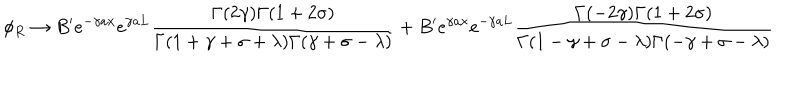
LaTeX: \phi _ { R } \rightarrow B ^ { \prime } e ^ { - \gamma a x } e ^ { \gamma a L } \frac { \Gamma ( 2 \gamma ) \Gamma ( 1 + 2 \sigma ) } { \Gamma ( 1 + \gamma + \sigma + \lambda ) \Gamma ( \gamma + \sigma - \lambda ) } + B ^ { \prime } e ^ { \gamma a x } e ^ { - \gamma a L } \frac { \Gamma ( - 2 \gamma ) \Gamma ( 1 + 2 \sigma ) } { \Gamma ( 1 - \gamma + \sigma - \lambda ) \Gamma ( - \gamma + \sigma - \lambda ) }